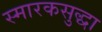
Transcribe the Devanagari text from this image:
स्मारकसुद्धा